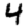
Digit: 4